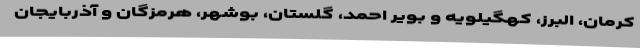
کرمان، البرز، کهگیلویه و بویر احمد، گلستان، بوشهر، هرمزگان و آذربایجان